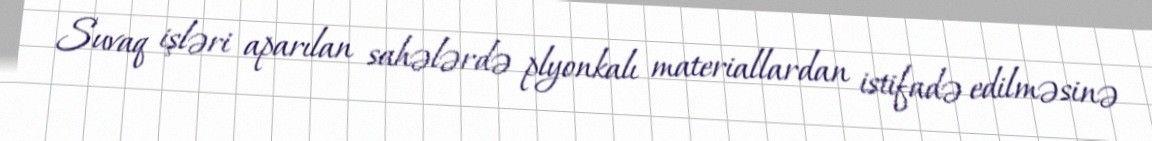
Suvaq işləri aparılan sahələrdə plyonkalı materiallardan istifadə edilməsinə